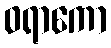
ဝရာကော